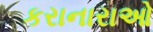
કરાનારાઓ